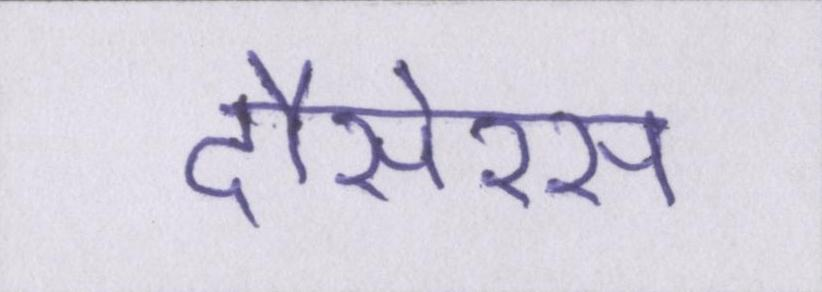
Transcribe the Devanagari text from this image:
दौसेरस